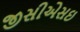
જીસીએસઇ